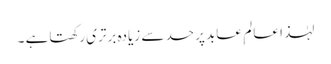
لہٰذا عالم ِ عابد پرحد سے زیادہ برتری رکھتاہے ۔